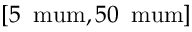
[ 5 \, \mathrm { \ m u m } , 5 0 \, \mathrm { \ m u m } ]